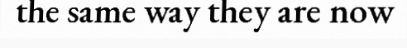
the same way they are now